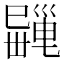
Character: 𢁎